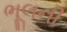
ભૂલની